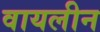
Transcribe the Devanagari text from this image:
वायलीन